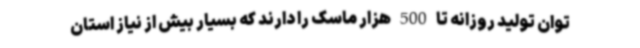
توان تولید روزانه تا 500 هزار ماسک را دارند که بسیار بیش از نیاز استان